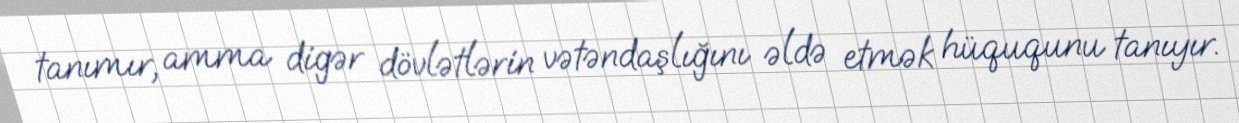
tanımır, amma digər dövlətlərin vətəndaşlığını əldə etmək hüququnu tanıyır.